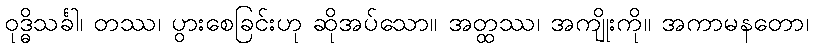
ဝုဒ္ဓိသင်္ခါ၊ တဿ၊ ပွားစေခြင်းဟု ဆိုအပ်သော။ အတ္ထဿ၊ အကျိုးကို။ အကာမနတော၊